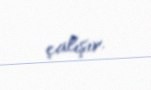
çalışır.